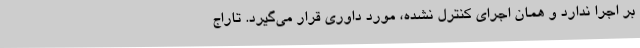
بر اجرا ندارد و همان اجرای کنترل نشده، مورد داوری قرار می‌گیرد. تاراج